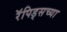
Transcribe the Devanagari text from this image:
रॅपिड्सच्या